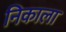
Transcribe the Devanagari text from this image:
निकाला